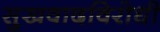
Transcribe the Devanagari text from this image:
सुखवादविरोधी